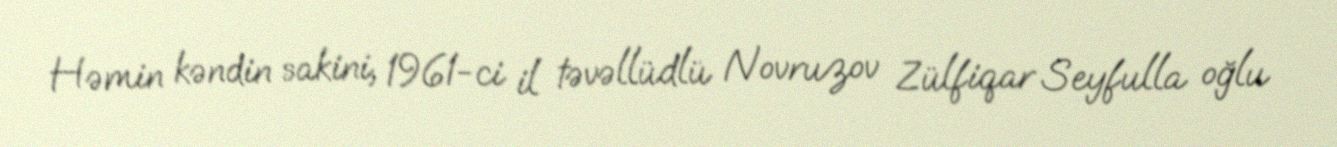
Həmin kəndin sakini, 1961-ci il təvəllüdlü Novruzov Zülfiqar Seyfulla oğlu